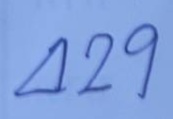
429